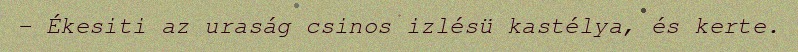
– Ékesiti az uraság csinos izlésü kastélya, és kerte.